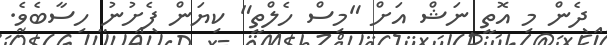
ދެން މި އޮތީ ނަޝް އަށް "މިސް ހެލްތީ" ކިޔަން ފެށުނު ހިސާބެވެ.